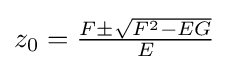
{\textstyle z_{0}={\frac {F\pm {\sqrt {{F}^{2}-EG}}}{E}}}